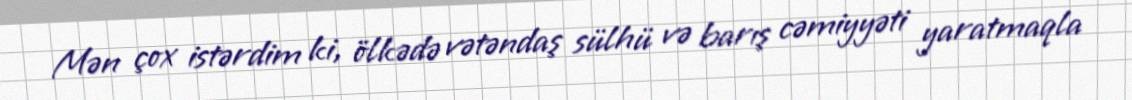
Mən çox istərdim ki, ölkədə vətəndaş sülhü və barış cəmiyyəti yaratmaqla